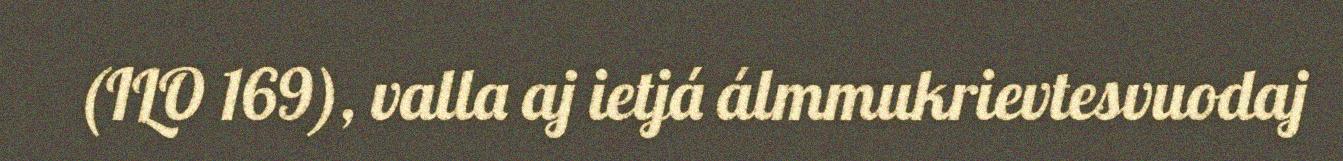
(ILO 169), valla aj ietjá álmmukrievtesvuodaj